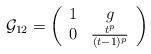
LaTeX: \begin{align*}\mathcal G_{12}=\left(\begin{array}{cc}1& g \\ 0 & \frac{t^p}{(t-1)^p}\\\end{array}\right)\end{align*}